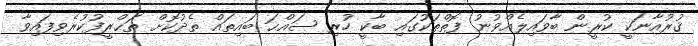
ޤުރުއާނަކީ ކުރީން ބާވައިލެއްވުނު ފޮތްތަކުގައި ބާކީ ހުރި ޞައްޙަ ބައިތައް ތެދުކޮށް ތަޙްރީފުކުރެވިފައިވާ